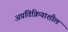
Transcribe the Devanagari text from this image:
अप्रतिक्रियाशील